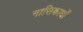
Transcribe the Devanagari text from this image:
नासिकार्धों